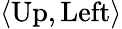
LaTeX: \langle{\mathrm{Up}},{\mathrm{Left}}\rangle